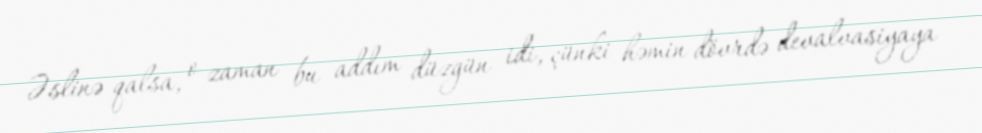
Əslinə qalsa, o zaman bu addım düzgün idi, çünki həmin dövrdə devalvasiyaya